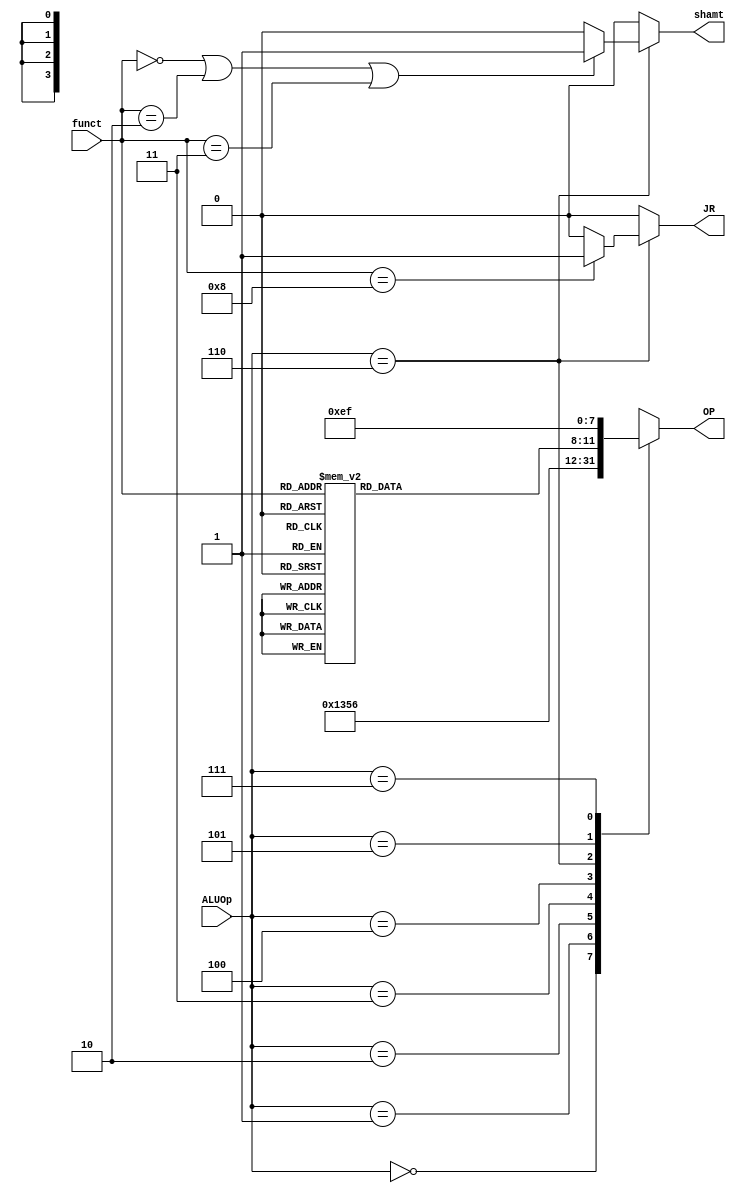
module ulactrol(
        input wire [5:0] funct,
        input wire [2:0] ALUOp,
        output JR, shamt,
        output reg [3:0] OP);

    reg [3:0] operational;

    always @(*) begin
        case(funct)
            6'b100000: operational = 4'b0000; 
            
            6'b100010: operational = 4'b0001; 
            
            6'b100100: operational = 4'b0011; 
            
            6'b100111: operational = 4'b0100; 
            
            6'b100101: operational = 4'b0101; 
           
            6'b100110: operational = 4'b0110; 
            
            6'b000000: operational = 4'b0111; 

            6'b000100: operational = 4'b1000; 
            
            6'b000010:  operational = 4'b1001; 

            6'b000110: operational = 4'b1010; 
                  
            6'b000011: operational = 4'b1100; 

            6'b000111: operational = 4'b1101;

           
            6'b101010: operational = 4'b1110; 

            
            6'b101011: operational = 4'b1111; 
            
            default: operational = 4'b0000;
        endcase
    end

    always @(*) begin
        case(ALUOp)
            3'b000: OP = 4'b0000; 
            3'b001: OP = 4'b0001; 
            3'b010: OP = 4'b0011; 
            3'b011: OP = 4'b0101; 
            3'b100: OP = 4'b0110; 
            3'b110: OP = operational; 
            3'b101: OP = 4'b1110; 
            3'b111: OP = 4'b1111; 
            default: OP = 4'b0000; 
        endcase
    end

    assign JR = (ALUOp == 3'b110) ? ((funct == 6'b001000) ? 1'b1 : 1'b0) : 1'b0;
    assign shamt = (ALUOp == 3'b110) ? ((funct == 6'b000000 || funct == 6'b000010 || funct == 6'b000011) ? 1'b1 : 1'b0) : 1'b0;

endmodule